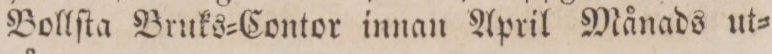
Bollſta Bruks=Contor innan April Månads ut=